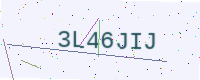
Text: 3L46JIJ